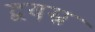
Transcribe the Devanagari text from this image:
द्वयस्र